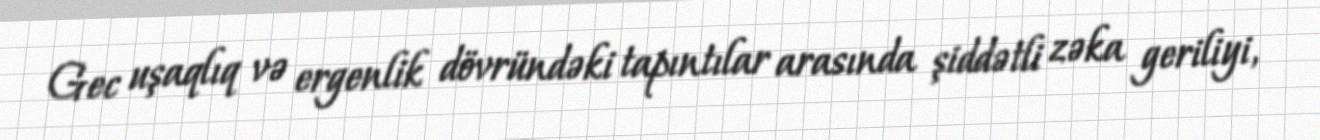
Gec uşaqlıq və ergenlik dövründəki tapıntılar arasında şiddətli zəka geriliyi,